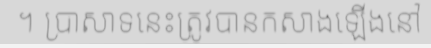
។ ប្រាសាទនេះត្រូវបានកសាងឡើងនៅ